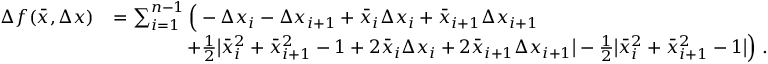
\begin{array} { r l } { \Delta f ( \bar { x } , \Delta x ) } & { = \sum _ { i = 1 } ^ { n - 1 } \Big ( - \Delta x _ { i } - \Delta x _ { i + 1 } + \bar { x } _ { i } \Delta x _ { i } + \bar { x } _ { i + 1 } \Delta x _ { i + 1 } } \\ & { \qquad \qquad + \frac { 1 } { 2 } \big | \bar { x } _ { i } ^ { 2 } + \bar { x } _ { i + 1 } ^ { 2 } - 1 + 2 \bar { x } _ { i } \Delta x _ { i } + 2 \bar { x } _ { i + 1 } \Delta x _ { i + 1 } \big | - \frac { 1 } { 2 } \big | \bar { x } _ { i } ^ { 2 } + \bar { x } _ { i + 1 } ^ { 2 } - 1 \big | \Big ) \; . } \end{array}